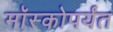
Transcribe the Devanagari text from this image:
मॉस्कोपर्यंत